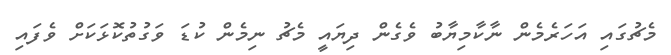
މެޗުގައި އަހަރެމެން ނާކާމިޔާބު ވެގެން ދިޔައީ މެޗު ނިމެން ކުޑަ ވަގުތުކޮޅަކަށް ވެފައި